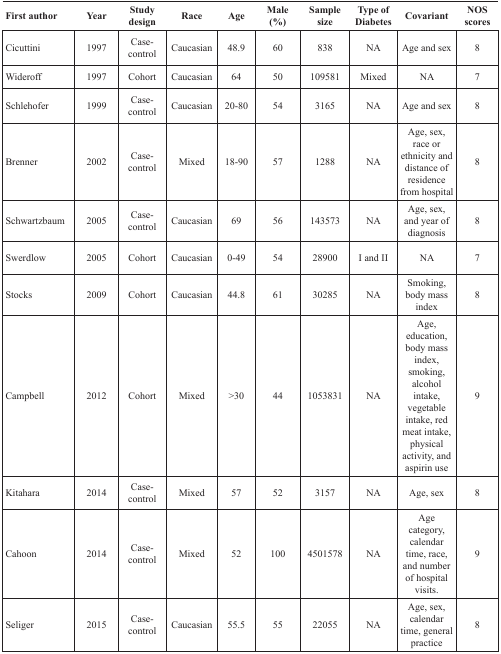
| First author | Year | Study design | Race | Age | Male (%) | Sample size | Type of Diabetes | Covariant | NOS scores |
 | --- | --- | --- | --- | --- | --- | --- | --- | --- | --- |
 | Cicuttini | 1997 | Case-control | Caucasian | 48.9 | 60 | 838 | NA | Age and sex | 8 |
 | Wideroff | 1997 | Cohort | Caucasian | 64 | 50 | 109581 | Mixed | NA | 7 |
 | Schlehofer | 1999 | Case-control | Caucasian | 20-80 | 54 | 3165 | NA | Age and sex | 8 |
 | Brenner | 2002 | Case-control | Mixed | 18-90 | 57 | 1288 | NA | Age, sex, race or ethnicity and distance of residence from hospital | 8 |
 | Schwartzbaum | 2005 | Case-control | Caucasian | 69 | 56 | 143573 | NA | Age, sex, and year of diagnosis | 8 |
 | Swerdlow | 2005 | Cohort | Caucasian | 0-49 | 54 | 28900 | I and II | NA | 7 |
 | Stocks | 2009 | Cohort | Caucasian | 44.8 | 61 | 30285 | NA | Smoking, body mass index | 8 |
 | Campbell | 2012 | Cohort | Mixed | >30 | 44 | 1053831 | NA | Age, education, body mass index, smoking, alcohol intake, vegetable intake, red meat intake, physical activity, and aspirin use | 9 |
 | Kitahara | 2014 | Case-control | Mixed | 57 | 52 | 3157 | NA | Age, sex | 8 |
 | Cahoon | 2014 | Case-control | Mixed | 52 | 100 | 4501578 | NA | Age category, calendar time, race, and number of hospital visits. | 9 |
 | Seliger | 2015 | Case-control | Caucasian | 55.5 | 55 | 22055 | NA | Age, sex, calendar time, general practice | 8 |